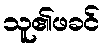
သူ၏ဖခင်